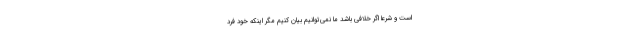
است و شرعاً اگر خلافی باشد ما نمی‌توانیم بیان کنیم مگر اینکه خود فرد